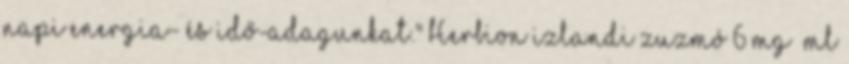
napi energia- és idő-adagunkat." Herbion izlandi zuzmó 6 mg ml